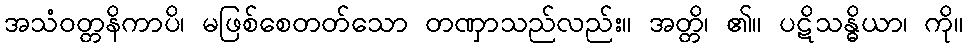
အသံဝတ္တနိကာပိ၊ မဖြစ်စေတတ်သော တဏှာသည်လည်း။ အတ္တိ၊ ၏။ ပဋိသန္ဓိယာ၊ ကို။